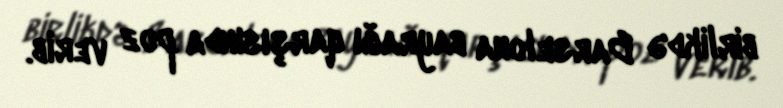
birlikdə Barselona bayrağı qarşısında poz verib.